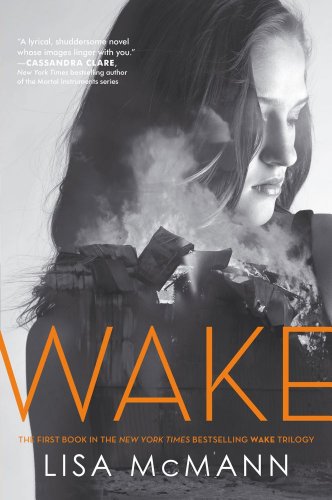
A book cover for Wake (Wake Series, Book 1); Lisa McMann; Teen & Young Adult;